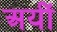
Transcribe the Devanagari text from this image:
अयीं